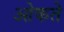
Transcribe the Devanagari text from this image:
ओकते